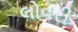
લોવરી